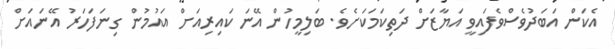
އެކަން އަބަދުވެސްވެފައިވީ އަޔާޒަށް ދަތިކަމަކަށެވެ. ބަލިމީހުން އޭނަ ކައިރިއަށް އައުމުން ގިނަފަހަރު އޭނައަށް